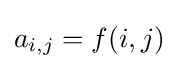
a_{i,j}=f(i,j)